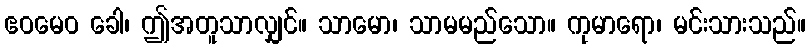
ဧဝမေဝ ခေါ၊ ဤအတူသာလျှင်။ သာမော၊ သာမမည်သော။ ကုမာရော၊ မင်းသားသည်။